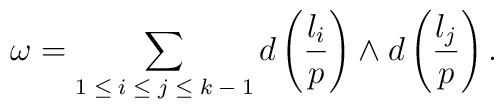
\omega=\sum_{\mbox{\scriptsize{\it $1\leq i\leq j\leq k-1$}}}d\left({l_i\over p}\right)\wedge d\left({l_j\over p}\right).